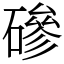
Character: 磣